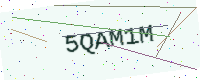
Text: 5QAM1M